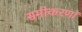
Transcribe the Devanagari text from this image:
समीकरणॉ